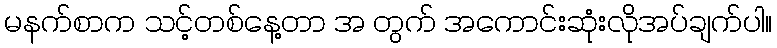
မနက်စာက သင့်တစ်နေ့တာ အ တွက် အကောင်းဆုံးလိုအပ်ချက်ပါ။